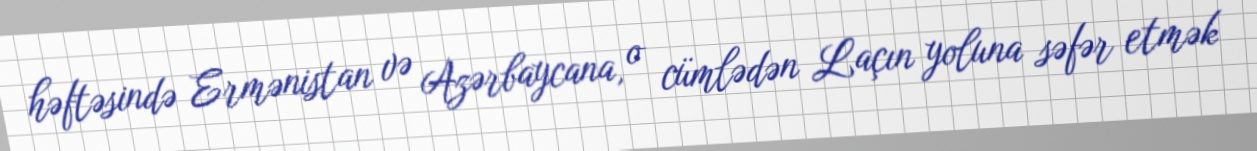
həftəsində Ermənistan və Azərbaycana, o cümlədən Laçın yoluna səfər etmək